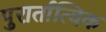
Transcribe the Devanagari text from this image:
पुरार्तात्विक